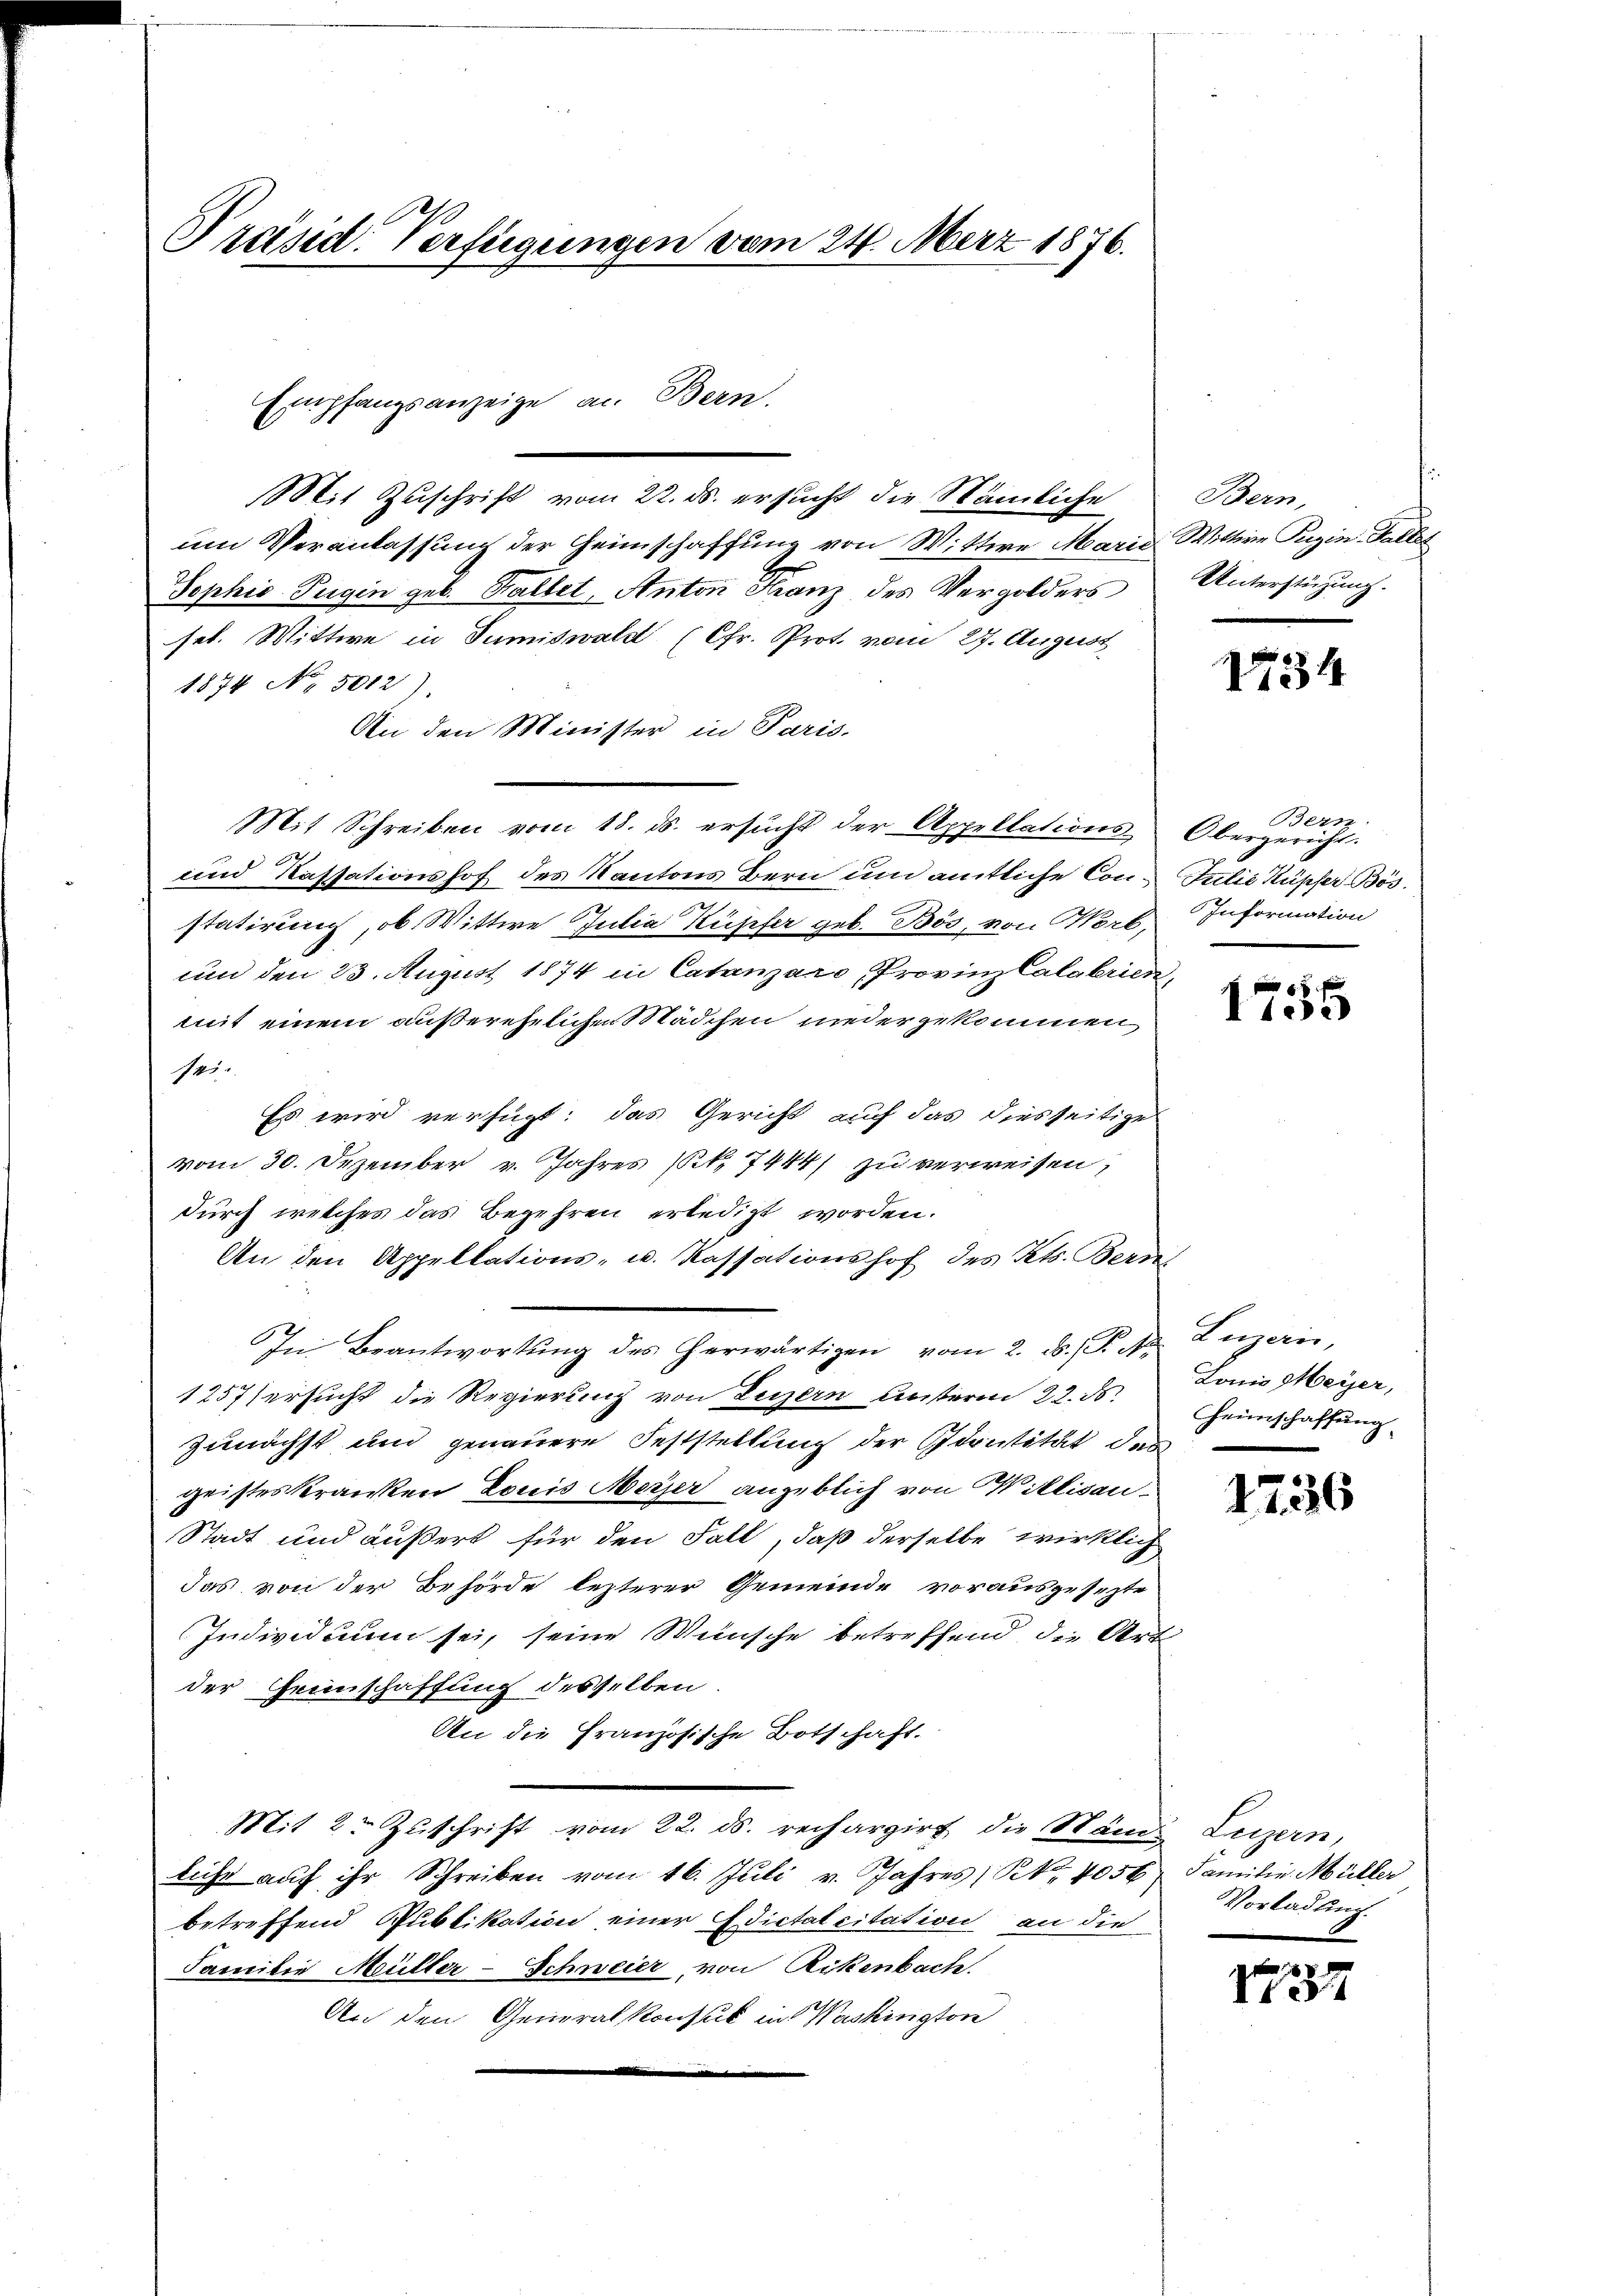
Präsid. Verfügungen vom 24. März 1876.

Mit Zuschrift vom 22. ds. ersucht die Nämliche Bern,
um Veranlassung der Heimschaffung von Wittwe Maria Wittwe Puzin Fallst
Sophis Tugin geb. Gallel, Anton Franz des Vergolders
sel. Wittwe in Sumiswald (Cfr. Prot. vom 27. August
1874 No. 5012).
An den Minister in Paris.
Mit Schreiben vom 18. ds. ersŭcht der Appellations Obergericht.
und Kassationshof des Kantons Bern um amtliche Con¬ Julie Kupfer Bösr
statirung, ob Wittwe Julia Küpfer geb. Bös, von Worb. Information
um den 23. August 1874 in Catanzaro, Provinz Calabrien,
mit einem außerehelichen Mädchen nieder gekommen
145.
Es wird verfügt: das Gericht auf das diesseitige
vom 30. Dezember v. Jahres (S. 7444/ zu verweisen,
durch welches das Begehren erledigt worden.
An den Appellations- u. Kassationshof des Kts. Bern
In Beantwortŭng des herwärtigen vom 2. ds. P. Nr. Luzern,
1257 ersucht die Regierung von Luzern unsterm 22. ds.
zunächst und genauere Feststellung der Scontität des
geisteskranken Louis Meyer angeblich von Willisau.
Stadt und äußert für den Fall, daß derselbe wirklich
das von der Behörde lezterer Gemeinde vorausgesezte
Individuum sei, seine Wünsche betreffend die Art
der Feinschaffung desselben
An die Französische Botschaft.
Mit 2 Zuschrift vom 22. ds. rechargirt die Stand Luzern,
licht aŭf ihr Schreiben vom 16. Juli v. Jahres Kt. 4056 Familie Müller
betreffend Publikation einer Edictalcitation an die
Familie Müller-Schweier, von Rikenbach.
An den Generalkonsul in Washingtore

Empfangsanzeige an Bern.

Unterstüzung.

1734

Bern.

x
Ite

Lonio Meyer,
Heimschaffung

1736

Vorladung.

1257